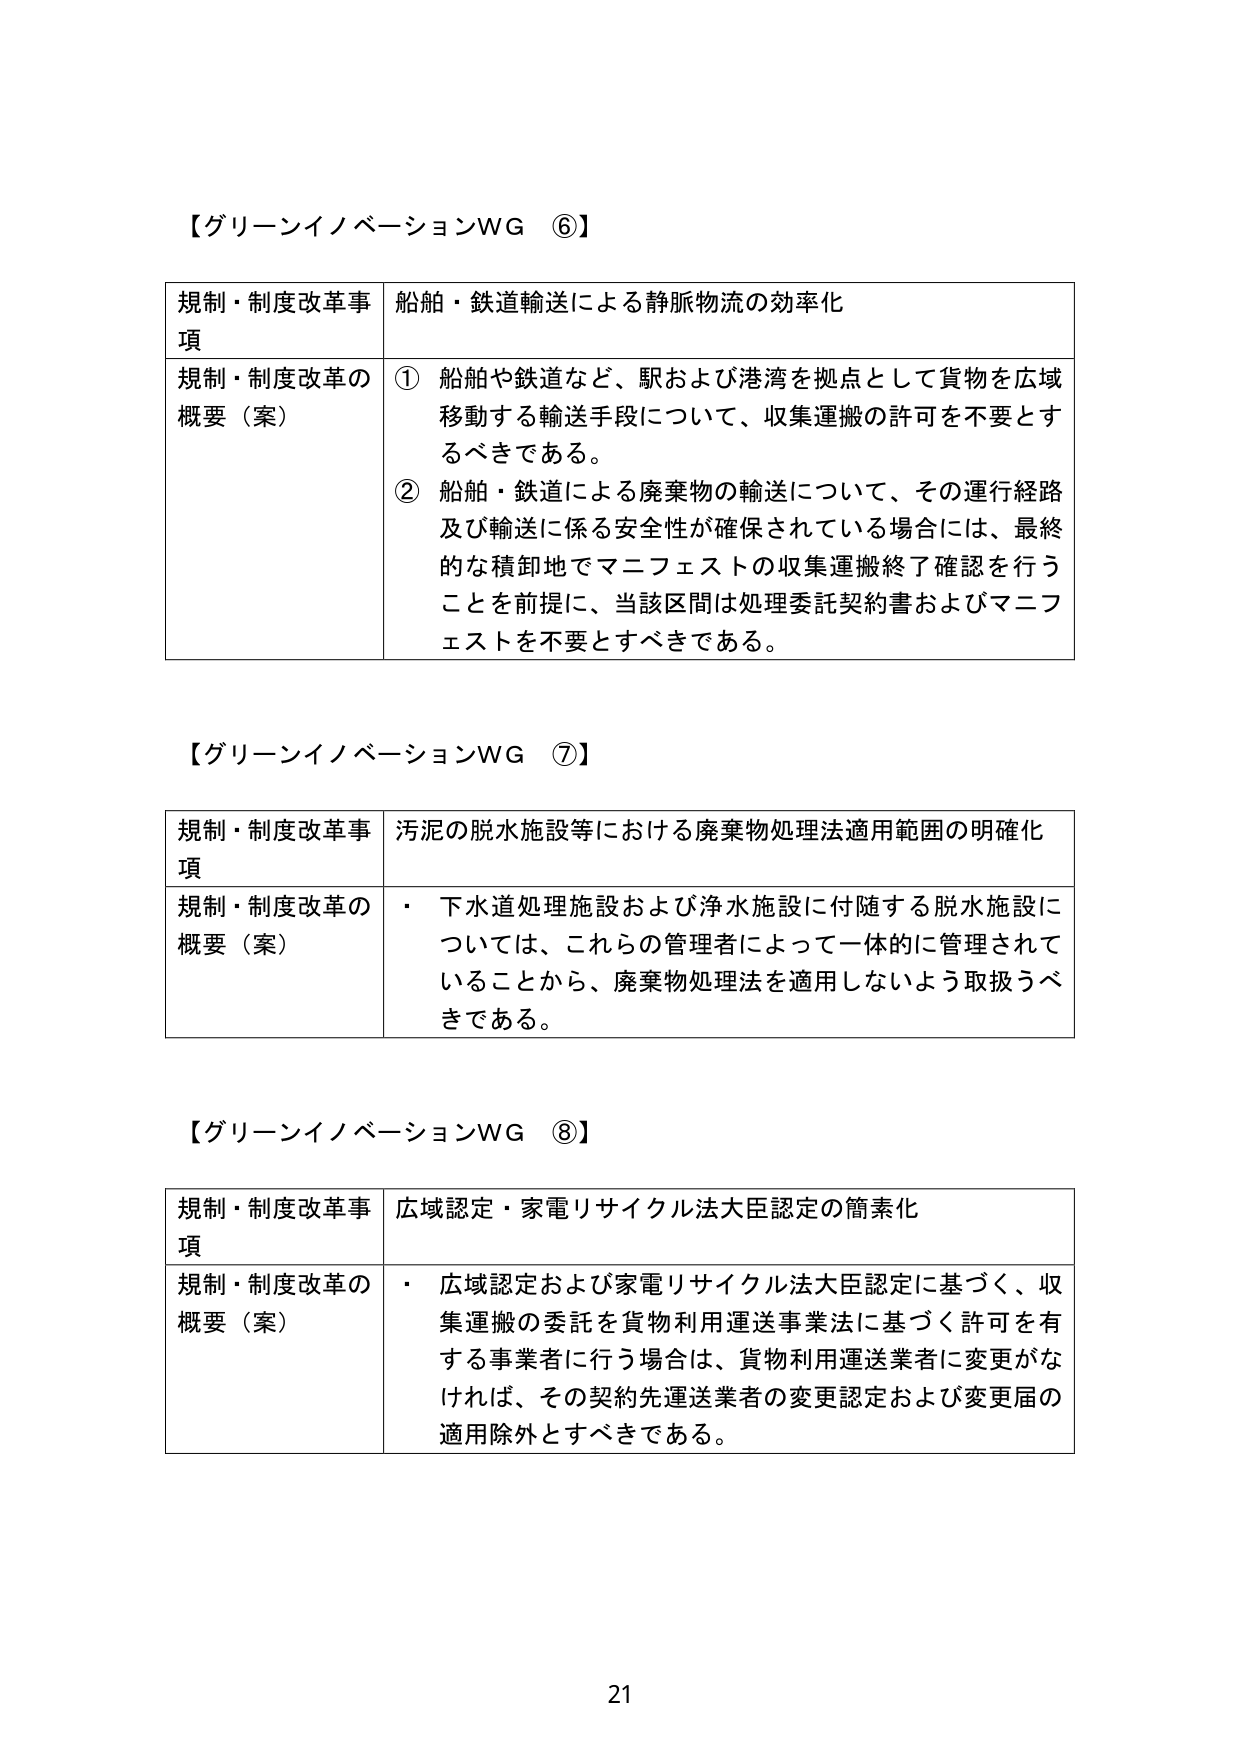
【グリーンイノベーションWG ⑥】

規制・制度改革事項　船舶・鉄道輸送による静脈物流の効率化

規制・制度改革の概要（案）　① 船舶や鉄道など、駅および港湾を拠点として貨物を広域移動する輸送手段について、収集運搬の許可を不要とするべきである。

② 船舶・鉄道による廃棄物の輸送について、その運行経路及び輸送に係る安全性が確保されている場合には、最終的な積卸地でマニフェストの収集運搬終了確認を行うことを前提に、当該区間は処理委託契約書およびマニフェストを不要とすべきである。

【グリーンイノベーションWG ⑦】

規制・制度改革事項　汚泥の脱水施設等における廃棄物処理法適用範囲の明確化

規制・制度改革の概要（案）　・ 下水道処理施設および浄水施設に付随する脱水施設については、これらの管理者によって一体的に管理されていることから、廃棄物処理法を適用しないよう取扱うべきである。

【グリーンイノベーションWG ⑧】

規制・制度改革事項　広域認定・家電リサイクル法大臣認定の簡素化

規制・制度改革の概要（案）　・ 広域認定および家電リサイクル法大臣認定に基づく、収集運搬の委託を貨物利用運送事業法に基づく許可を有する事業者に行う場合は、貨物利用運送業者に変更がなければ、その契約先運送業者の変更認定および変更届の適用除外とすべきである。

21